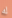
له